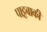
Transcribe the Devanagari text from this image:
पाट्टबाकी